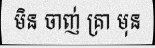
មិន ចាញ់ គ្រា មុន